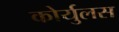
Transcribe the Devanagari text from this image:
कोर्युलस